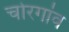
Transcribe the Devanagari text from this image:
चोरगांव